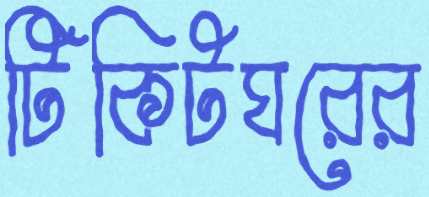
টিকিটঘরের